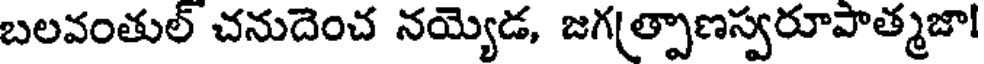
బలవంతుల్ చనుదెంచ నయ్యెడ, జగ(త్పాణస్వరూపాత్మజా!